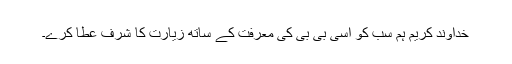
خداوند کریم ہم سب کو اسی بی بی کی معرفت کے ساتھ زیارت کا شرف عطا کرے۔